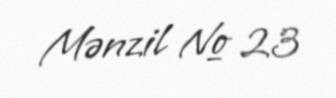
Mənzil № 23